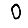
Digit: 0